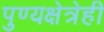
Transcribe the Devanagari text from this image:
पुण्यक्षेत्रेही